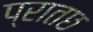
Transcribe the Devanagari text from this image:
प्रातछ